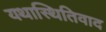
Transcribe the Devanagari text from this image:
यथास्थितिवाद